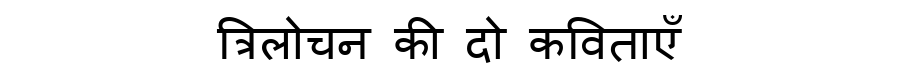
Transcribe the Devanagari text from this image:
त्रिलोचन की दो कविताएँ